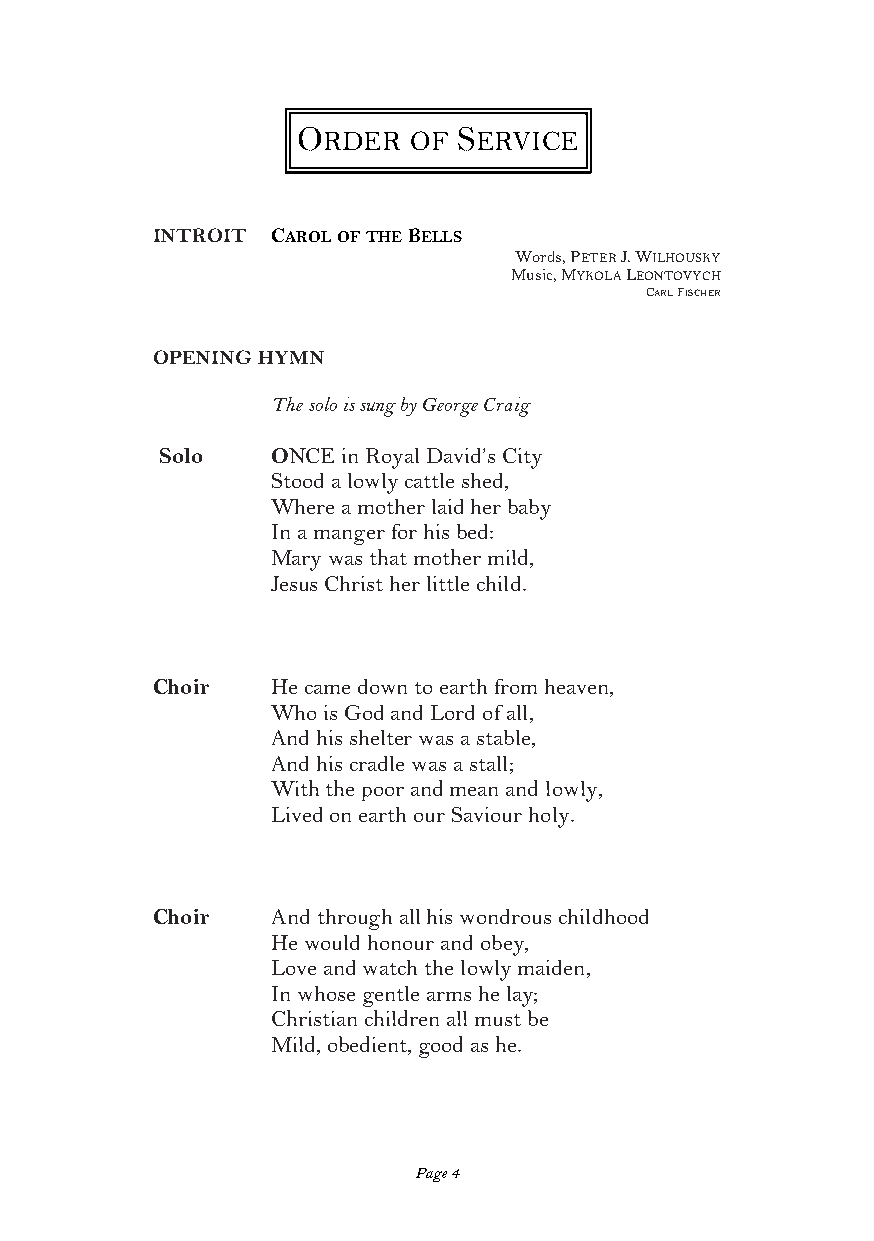
ORDER  OF SERVICE
 INTROIT CAROL OF THE BELLS
 Words, PETER J. WILHOUSKY
 Music, MYKOLA LEONTOVYCH
 CARL FISCHER
 OPENING HYMN
 The solo is sung by George Craig
 Solo   ONCE in Royal David’s City
 Stood a lowly cattle shed,
 Where a mother laid her baby
 In a manger for his bed:
 Mary was that mother mild,
 Jesus Christ her little child.
 Choir   He came down to earth from heaven,
 Who is God and Lord of all,
 And his shelter was a stable,
 And his cradle was a stall;
 With the poor and mean and lowly,
 Lived on earth our Saviour holy.
 Choir   And through all his wondrous childhood
 He would honour and obey,
 Love and watch the lowly maiden,
 In whose gentle arms he lay;
 Christian children all must be
 Mild, obedient, good as he.
 Page 4